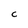
Character: C